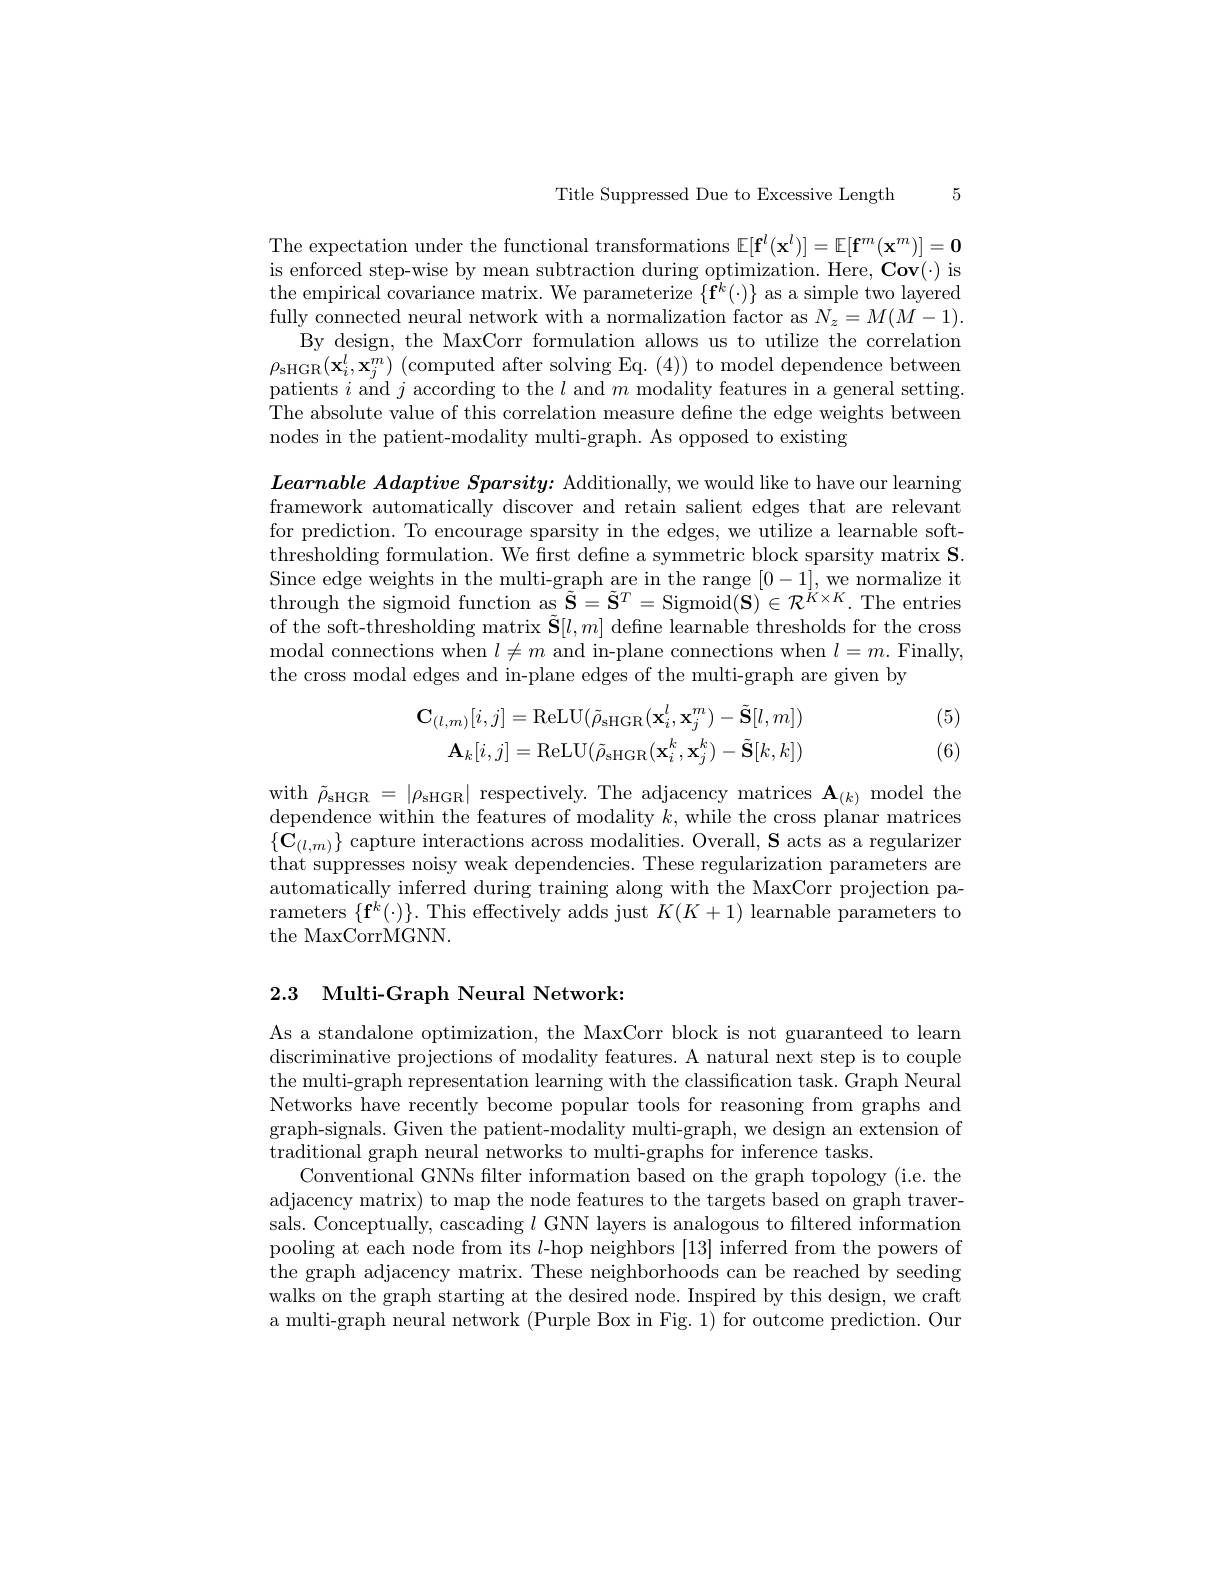
Title Suppressed Due to Excessive Length 5

The expectation under the functional transformations $\mathbb{E}[\mathbf{f}^l(\mathbf{x}^l)]=\mathbb{E}[\mathbf{f}^m(\mathbf{x}^m)]=\mathbf{0}$ is enforced step-wise by mean subtraction during optimization. Here, Cov(·) is the empirical covariance matrix. We parameterize $\{\bar{\mathbf{f}}^k(\cdot)\}$ as a simple two layered fully connected neural network with a normalization factor as $N_z=M(M-1).$
By design, the MaxCorr formulation allows us to utilize the correlation $\rho_{\mathrm{sHGR}}(\mathbf{x}_{i}^{l},\mathbf{x}_{j}^{m})$ (computed after solving Eq. (4)) to model dependence between patients $i$ and $j$ according to the $l$ and $m$ modality features in a general setting The absolute value of this correlation measure define the edge weights between nodes in the patient-modality multi-graph. As opposed to existing

$Learnable\textit{ Adaptive Sparsity: Additionally, we would like to have our learning}$ framework automatically discover and retain salient edges that are relevant for prediction. To encourage sparsity in the edges, we utilize a learnable softthresholding formulation. We first define a symmetric block sparsity matrix S. Since edge weights in the multi-graph are in the range [0-1], we normalize it through the sigmoid function as $\tilde{\mathbf{S}}=\tilde{\mathbf{S}}^{T}=$Sigmoid$(\mathbf{S})\in\mathcal{R}^{\dot{K}\times K}.$ The entries of the soft-thresholding matrix $\tilde{\mathbf{S}}[l,m]$ define learnable thresholds for the cross modal connections when $l\neq m$ and in-plane connections when $l=m.$ Finally, the cross modal edges and in-plane edges of the multi-graph are given by

(5)
$$\mathbf{C}_{(l,m)}[i,j]=\mathrm{ReLU}(\tilde{\rho}_{\mathrm{sHGR}}(\mathbf{x}_{i}^{l},\mathbf{x}_{j}^{m})-\tilde{\mathbf{S}}[l,m])\\\mathbf{A}_{k}[i,j]=\mathrm{ReLU}(\tilde{\rho}_{\mathrm{sHGR}}(\mathbf{x}_{i}^{k},\mathbf{x}_{j}^{k})-\tilde{\mathbf{S}}[k,k])$$
(6)

with $\tilde{\rho}_{\mathrm{sHGR}}=|\rho_{\mathrm{sHGR}}|$ respectively. The adjacency matrices $\mathbf{A}_{(k)}$ model the dependence within the features of modality $k$,while the cross planar matrices $\{\mathbf{C}_{(l,m)}\}$ capture interactions across modalities. Overall, S acts as a regularizer that suppresses noisy weak dependencies. These regularization parameters are automatically inferred during training along with the MaxCorr projection parameters $\{\mathbf{f}^k(\cdot)\}.$ This effectively adds just $K(K+1)$ learnable parameters to the MaxCorrMGNN.

# 2.3 Multi-Graph Neural Networka

As a standalone optimization, the MaxCorr block is not guaranteed to learn discriminative projections of modality features. A natural next step is to couple the multi-graph representation learning with the classification task. Graph Neural Networks have recently become popular tools for reasoning from graphs and graph-signals. Given the patient-modality multi-graph, we design an extension of traditional graph neural networks to multi-graphs for inference tasks
Conventional GNNs flter information based on the graph topology (i.e. the adjacency matrix) to map the node features to the targets based on graph traversals. Conceptually, cascading $l$ GNN layers is analogous to filtered information pooling at each node from its $l$-hop neighbors [13] inferred from the powers of the graph adjacency matrix. These neighborhoods can be reached by seeding walks on the graph starting at the desired node. Inspired by this design, we craft a multi-graph neural network (Purple Box in Fig. 1) for outcome prediction. Our